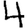
Digit: 4